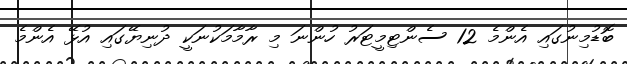
ބޮޑުމިނުގައި އެންމެ 12 ސެންޓިމީޓަރު ހުންނަ މި ރާމާމަކުނަކީ ދުނިޔޭގައި އުޅޭ އެންމެ